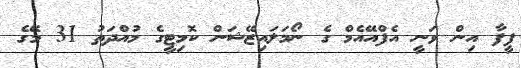
ފީފާ އިން ވަނީ އެފްއޭއެމް ގެ ނޯމަލައިޒޭޝަން ކޮމިޓީގެ މުއްދަތު 31 މޭގެ